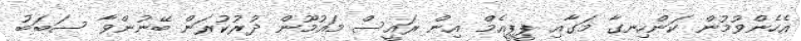
އެހެންވުމުން ކަންހިނގާ މަގާއި ޕީޕީއެމް އިން ރައީސް މައުމޫން ދުރުކުރަން ބޭނުންވާ ސަބަބު